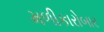
મળીકારોબાર